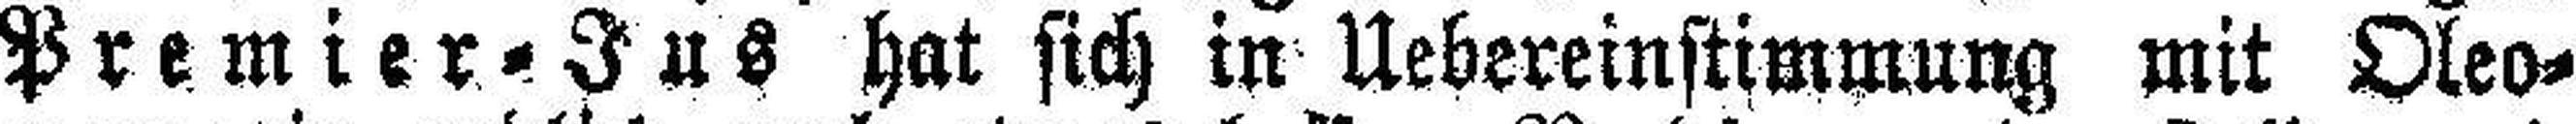
Premier=Jus hat sich in Uebereinstimmung mit Oleo¬